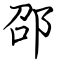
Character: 邵